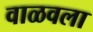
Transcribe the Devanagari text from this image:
वाळवला